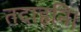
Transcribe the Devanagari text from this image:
तदाहनि।